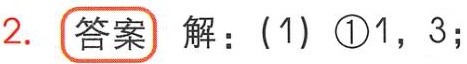
2. 答案 解：(1) \textcircled{1}1，3；